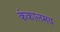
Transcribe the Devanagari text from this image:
कंकालमय